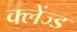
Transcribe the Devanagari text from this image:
क्लेंज्ड